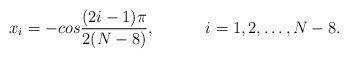
\begin{align*}x_i=-cos{(2i-1)\pi \over 2(N-8)},\hspace{.5in} i = 1, 2, \dots, N-8.\end{align*}